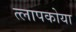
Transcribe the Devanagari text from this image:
त्लापकोया